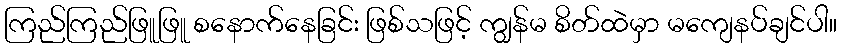
ကြည်ကြည်ဖြူဖြူ စနောက်နေခြင်း ဖြစ်သဖြင့် ကျွန်မ စိတ်ထဲမှာ မကျေနပ်ချင်ပါ။